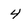
Character: 4